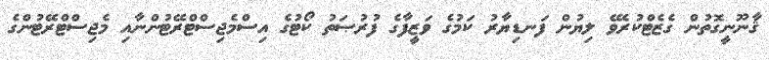
ޤާނޫނީގޮތުން ގެޒެޓްކުރެވޭ ލިޔުން ފަނޑިޔާރު ކަމުގެ ވަޒީފާގެ ފުރުޞަތު ކޯޓުގެ އިސްމެޖިސްޓްރޭޓުންނާއި މެޖިސްޓްރޭޓުންގެ